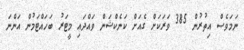
ނަމަވެސް އިތުރުން 385 ވަރަކަށް ގެއަށް ކަނެކްޝަން ވައްދައި މީޓަރު ބަހައްޓަމުން އަންނަ